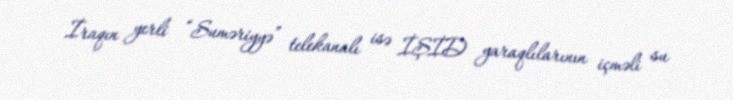
İraqın yerli “Suməriyyə” telekanalı isə İŞİD yaraqlılarının içməli su